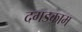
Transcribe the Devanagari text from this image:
दगडकाम